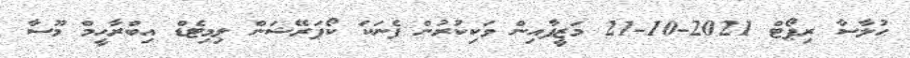
ޙުލާސާ ރިޕޯޓް 2021-10-21 މަޒީފާއިން ވަކިކުރުން ފެނަކަ ކޯޕަރޭޝަން ލިމިޓެޑް އިބްރާހީމް މޫސާ